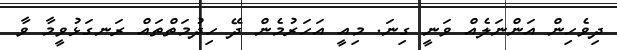
ދިވެހިން އަންނަލެއް ވަނީ ގިނަ. މިއީ އަހަރުމެން ދޭ ހިދުމަތްތައް ރަނގަޅުވީމާ ވާ